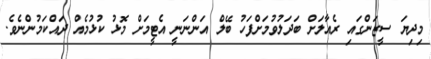
މިދިޔަ ސީޒަންގައި ރެއާލަށް ބަދަލުވުމަށްފަހު ބޭލް އަންނަނީ އެޓީމަށް މޮޅު ކުޅުމެއް ދައްކަމުންނެވެ.